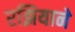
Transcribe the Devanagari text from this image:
रझियाने